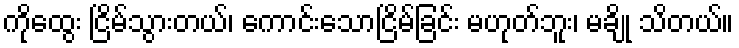
ကိုထွေး ငြိမ်သွားတယ်၊ ကောင်းသောငြိမ်ခြင်း မဟုတ်ဘူး၊ မချို သိတယ်။